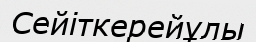
Сейіткерейұлы